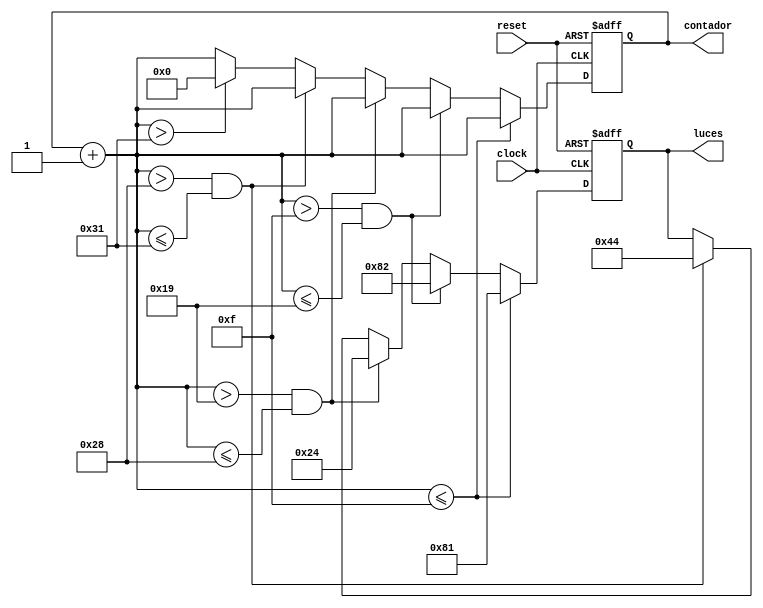
module semaforo (input reset, clock, output reg[7:0] luces, contador);
  always @ (posedge clock or posedge reset)
  begin
    if(reset)
    begin
      contador = 8'd0;
      luces = 8'd0;
    end
    else
    begin
      contador = contador + 1;
      if (contador <= 15)
      begin
        luces = 8'b10000001;
      end
      else if ((contador > 15) && (contador<= 25))
      begin
        luces = 8'b10000010;
      end
      else if ((contador > 25) && (contador<= 40))
      begin
        luces = 8'b00100100;
      end
      else if ((contador > 40) && (contador<= 49))
      begin
        luces = 8'b01000100;
      end
      else if (contador > 49)
      begin
        contador = 8'd0;
      end

    end

  end



endmodule //semaforo